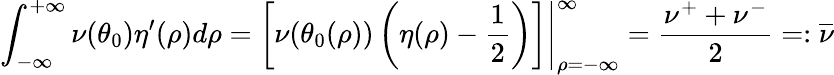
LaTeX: \int_{-\infty}^{+\infty}\nu(\theta_{0})\eta^{\prime}(\rho)d\rho=\left.\left[\nu(\theta_{0}(\rho))\left(\eta(\rho)-\frac 12\right)\right]\right|_{\rho=-\infty}^{\infty}=\frac{\nu^{+}+\nu^{-}}2=:\overline{{\nu}}